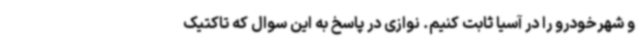
و شهرخودرو را در آسیا ثابت کنیم. نوازی در پاسخ به این سوال که تاکتیک